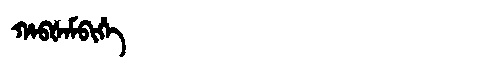
Manchu: ᡥᠠᠪᡧᠠᠮᠪᡳᡥᡝ
Romanization: HABŠAMBIHE